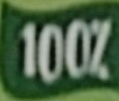
100%